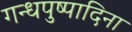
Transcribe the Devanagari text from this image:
गन्धपुष्पादिना